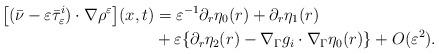
LaTeX: \begin{align*} \bigl[(\bar{\nu}-\varepsilon\bar{\tau}_\varepsilon^i)\cdot\nabla\rho^\varepsilon\bigr](x,t) &= \varepsilon^{-1}\partial_r\eta_0(r)+\partial_r\eta_1(r) \\ &+\varepsilon\{\partial_r\eta_2(r)-\nabla_\Gamma g_i\cdot\nabla_\Gamma\eta_0(r)\}+O(\varepsilon^2).\end{align*}